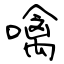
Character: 噙